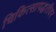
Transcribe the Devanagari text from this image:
चिकित्सापद्धतीवर